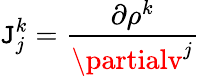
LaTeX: \mathtt{J}_{j}^{k}=\frac{{\partial\rho^{k}}}{{\partialv^{j}}}